Report of veterinary surgeon J.H. Steel, A.V.D., on his investigation into an obscure and fatal disease among transport mules in British Burma
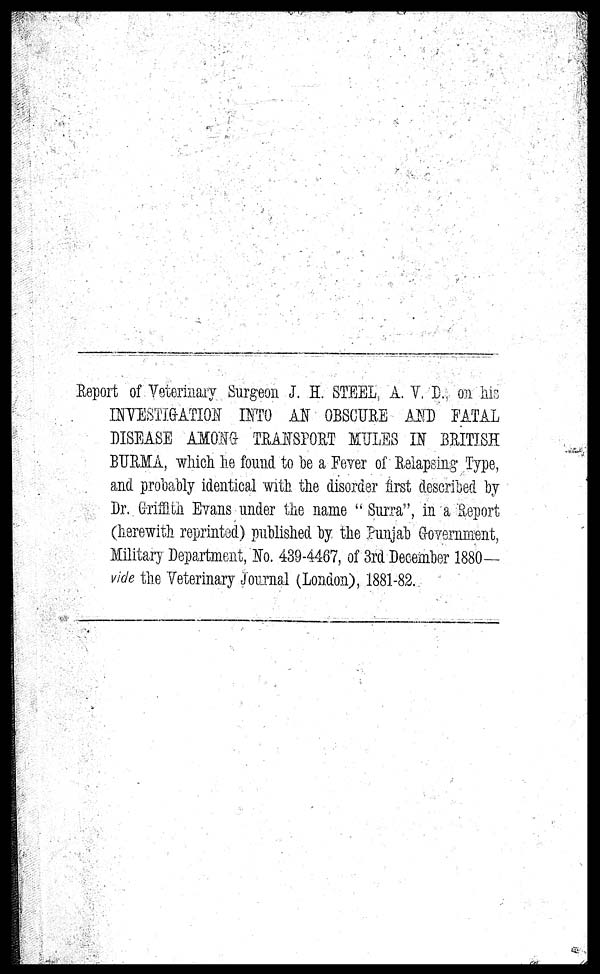
Report of Veterinary Surgeon J. H. STEEL, A. V, D. on hic
INVESTIGATION INTO AN OBSCURE AND FATAL
DISEASE AMONG TRANSPORT MULES IN BRITISH
BURMA, which he found to he a Foyer of Relapsing Type,
and probably identical with the disorder first described by
Dr. Griffith Evans under the name " Surra", in a Report
(herewith reprinted) published by the Punjab Government,
Military Department, No. 4394467, of 3rd December 1880—
vide the Veterinary Journal (London), 1881-82.